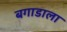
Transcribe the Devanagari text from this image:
बगाडाला